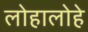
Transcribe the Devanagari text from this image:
लोहालोहे